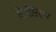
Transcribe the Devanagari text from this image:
वेलेरियन